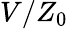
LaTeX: V/Z_{0}